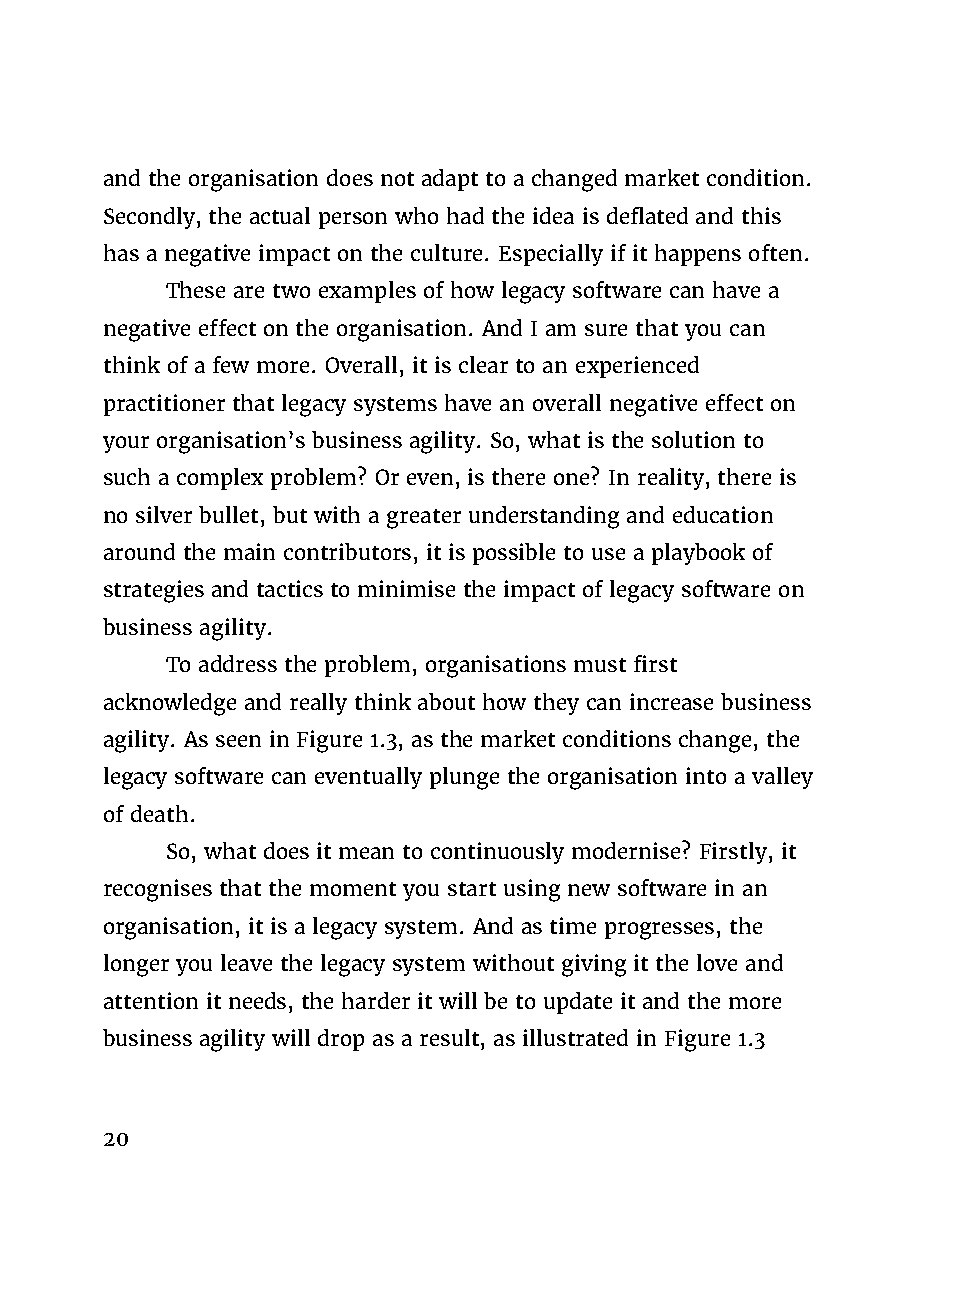
and the organisation does not adapt to a changed market condition.
 Secondly, the actual person who had the idea is deflated and this
 has a negative impact on the culture. Especially if it happens often.
 These are two examples of how legacy software can have a
 negative effect on the organisation. And I am sure that you can
 think of a few more. Overall, it is clear to an experienced
 practitioner that legacy systems have an overall negative effect on
 your organisation’s business agility. So, what is the solution to
 such a complex problem? Or even, is there one? In reality, there is
 no silver bullet, but with a greater understanding and education
 around the main contributors, it is possible to use a playbook of
 strategies and tactics to minimise the impact of legacy software on
 business agility.
 To address the problem, organisations must first
 acknowledge and really think about how they can increase business
 agility. As seen in Figure 1.3, as the market conditions change, the
 legacy software can eventually plunge the organisation into a valley
 of death.
 So, what does it mean to continuously modernise? Firstly, it
 recognises that the moment you start using new software in an
 organisation, it is a legacy system. And as time progresses, the
 longer you leave the legacy system without giving it the love and
 attention it needs, the harder it will be to update it and the more
 business agility will drop as a result, as illustrated in Figure 1.3
 20